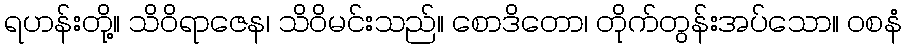
ရဟန်းတို့။ သိဝိရာဇေန၊ သိဝိမင်းသည်။ စောဒိတော၊ တိုက်တွန်းအပ်သော။ ဝစနံ